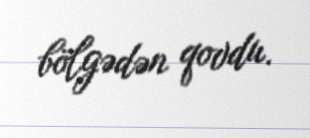
bölgədən qovdu.